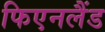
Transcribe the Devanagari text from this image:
फिएनलैंड